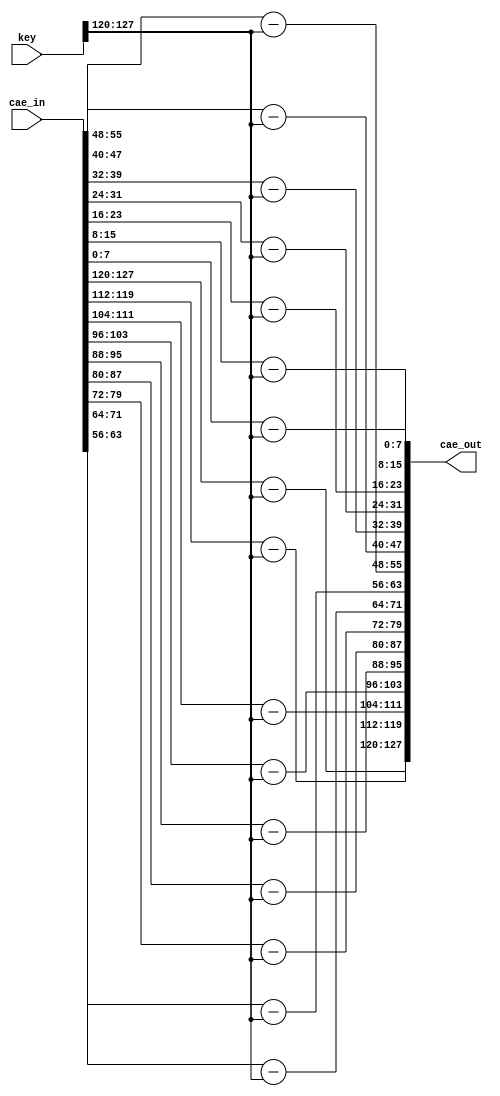
`timescale 1ns / 1ps
//////////////////////////////////////////////////////////////////////////////////
// Company: 
// Engineer: 
// 
// Design Name: 
// Module Name:    caeser_lyr 
// Project Name: 
// Target Devices: 
// Tool versions: 
// Description: 
//
// Dependencies: 
//
// Revision: 
// Revision 0.01 - File Created
// Additional Comments: 
//
//////////////////////////////////////////////////////////////////////////////////
module caeser_lyr(cae_out,key,cae_in);
input [127:0]cae_in; 
input [127:0]key; 
output [127:0]cae_out; 
wire [127:0]w1; 
assign cae_out[127:120]=addr(cae_in[127:120],key[127:120]); 
assign cae_out[119:112]=addr(cae_in[119:112],key[127:120]);
assign cae_out[111:104]=addr(cae_in[111:104],key[127:120]); 
assign cae_out[103:96]=addr(cae_in[103:96],key[127:120]); 
assign cae_out[95:88]=addr(cae_in[95:88],key[127:120]); 
assign cae_out[87:80]=addr(cae_in[87:80],key[127:120]); 
assign cae_out[79:72]=addr(cae_in[79:72],key[127:120]); 
assign cae_out[71:64]=addr(cae_in[71:64],key[127:120]); 
assign cae_out[63:56]=addr(cae_in[63:56],key[127:120]); 
assign cae_out[55:48]=addr(cae_in[55:48],key[127:120]); 
assign cae_out[47:40]=addr(cae_in[47:40],key[127:120]); 
assign cae_out[39:32]=addr(cae_in[39:32],key[127:120]); 
assign cae_out[31:24]=addr(cae_in[31:24],key[127:120]); 
assign cae_out[23:16]=addr(cae_in[23:16],key[127:120]); 
assign cae_out[15:8]=addr(cae_in[15:8],key[127:120]); 
assign cae_out[7:0]=addr(cae_in[7:0],key[127:120]); 



function [7:0]addr;
input [7:0]a; 
input [7:0]b; 
reg cout;
{cout,addr}=a-b; 
endfunction
endmodule